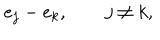
e _ { j } - e _ { k } , \qquad j \ne k ,